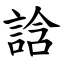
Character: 誝